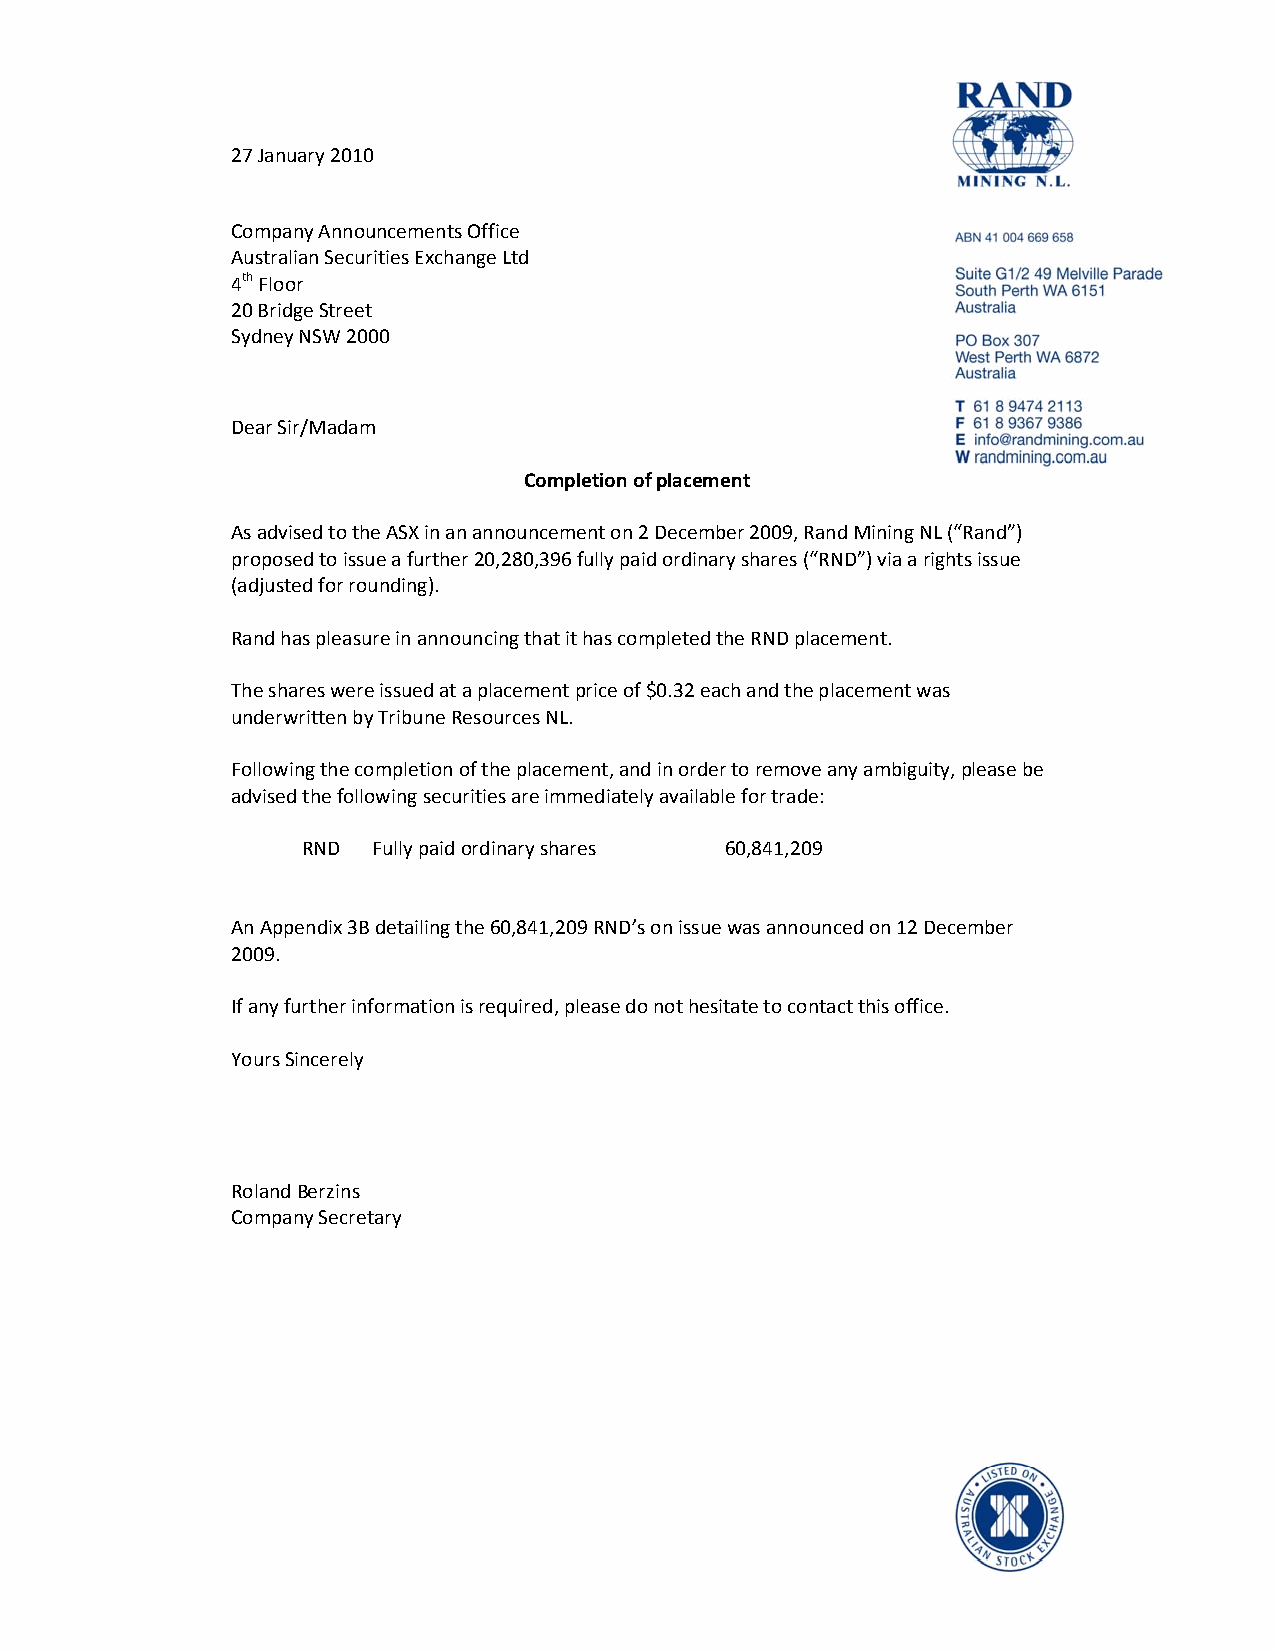
27 January 2010
 Company Announcements Office
 Australian Securities Exchange Ltd
 4th Floor
 20 Bridge Street
 Sydney NSW 2000
 Dear Sir/Madam
 Completion of placement
 As advised to the ASX in an announcement on 2 December 2009, Rand Mining NL (“Rand”)
 proposed to issue a further 20,280,396 fully paid ordinary shares (“RND”) via a rights issue
 (adjusted for rounding).
 Rand has pleasure in announcing that it has completed the RND placement.
 The shares were issued at a placement price of $0.32 each and the placement was
 underwritten by Tribune Resources NL.
 Following the completion of the placement, and in order to remove any ambiguity, please be
 advised the following securities are immediately available for trade:
 RND  Fully paid ordinary shares 60,841,209
 An Appendix 3B detailing the 60,841,209 RND’s on issue was announced on 12 December
 2009.
 If any further information is required, please do not hesitate to contact this office.
 Yours Sincerely
 Roland Berzins
 Company Secretary